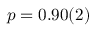
p = 0 . 9 0 ( 2 )